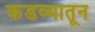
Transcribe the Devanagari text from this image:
कडव्यातून